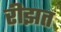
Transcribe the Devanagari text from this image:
रीझत